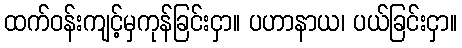
ထက်ဝန်းကျင့်မှကုန်ခြင်းငှာ။ ပဟာနာယ၊ ပယ်ခြင်းငှာ။